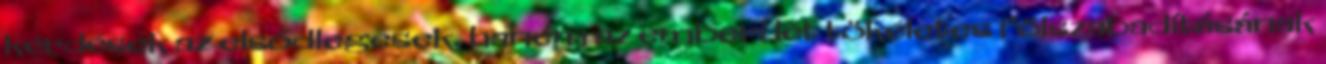
kérdések az elsődlegesek, hanem az emberi lét tökéletes fölszabadításának